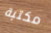
مكتبة